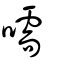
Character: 嚅